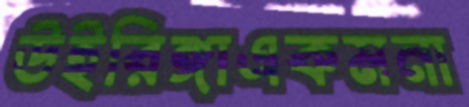
উইরিঙ্গাএকমনা